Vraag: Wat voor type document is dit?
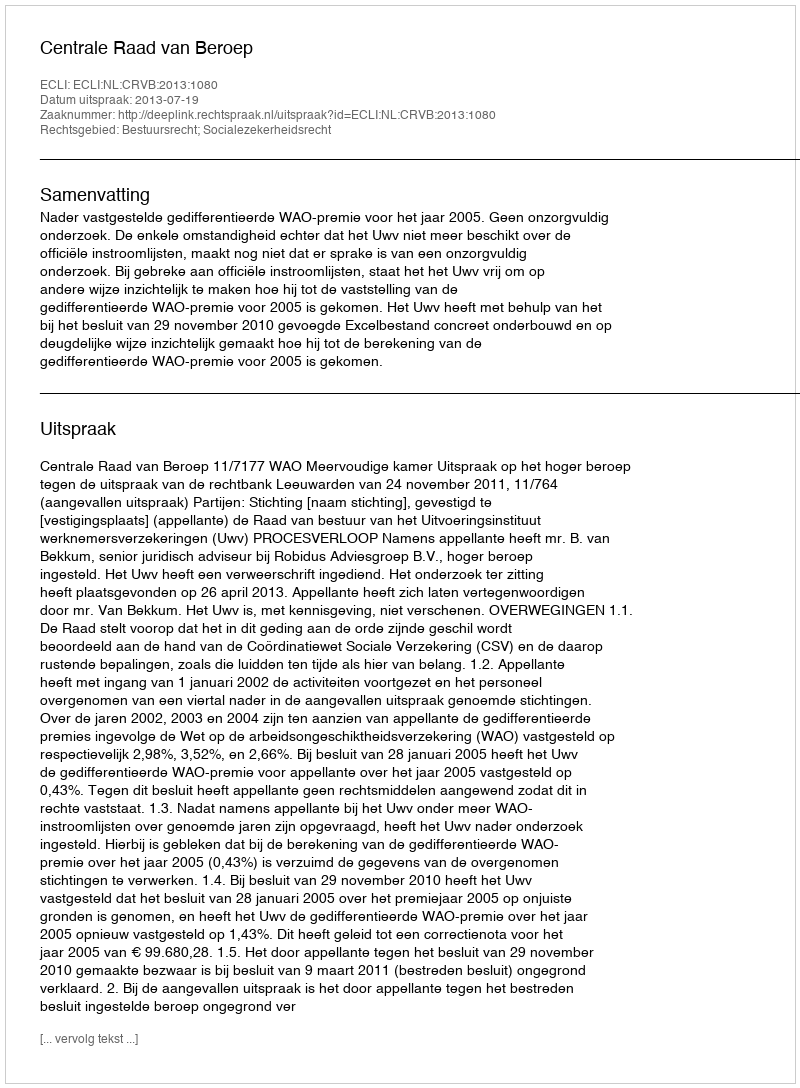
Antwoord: Uitspraak